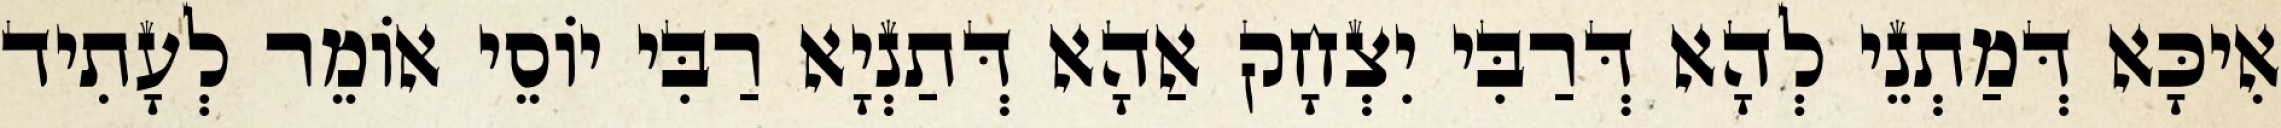
אִיכָּא דְּמַתְנֵי לְהָא דְּרַבִּי יִצְחָק אַהָא דְּתַנְיָא רַבִּי יוֹסֵי אוֹמֵר לְעָתִיד